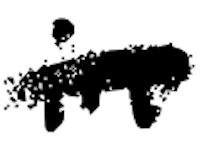
Text: in
Cross-out: single-line
Writing tool: digital_black